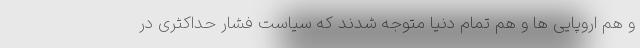
و هم اروپایی ها و هم تمام دنیا متوجه شدند که سیاست فشار حداکثری در